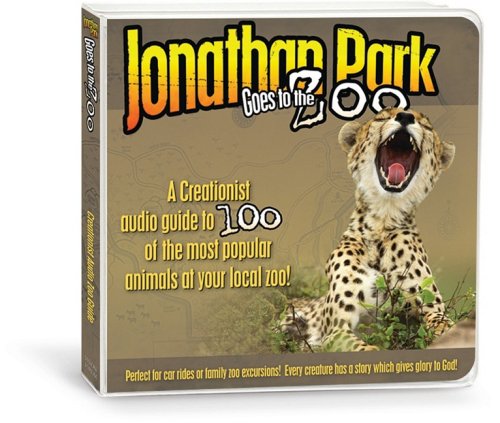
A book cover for Jonathan Park Goes to the Zoo: A Creationist Audio Guide to 100 of the Most Popular Animals at Your Local Zoo!; Pat Roy; Christian Books & Bibles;